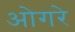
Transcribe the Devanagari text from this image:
ओगरे